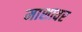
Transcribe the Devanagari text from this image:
माशावर